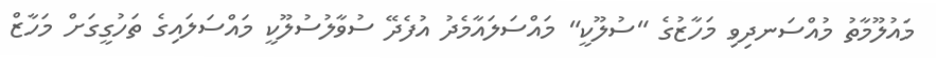
މައުލޫމާތު މުއްސަނދިވި މަހާޒުގެ "ސުލޫކީ" މައްސަލައާމެދު އުފެދޭ ސުވާލުސުލޫކީ މައްސަލައިގެ ތަހުގީގަށް މަހާޒް